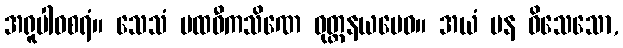
အရူပါဝစရံ။ သေသံ ပထဝီကသိဏေ ဝုတ္တနယမေဝ။ အယံ ပန ဝိသေသော,